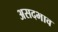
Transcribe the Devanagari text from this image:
असदभाव